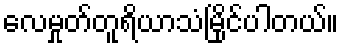
လေမှုတ်တူရိယာသံမြိုင်ပါတယ်။